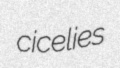
cicelies